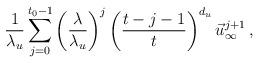
LaTeX: \begin{align*}\frac{1}{\lambda_u} \sum_{j=0}^{t_0-1} \left(\frac{\lambda}{\lambda_u}\right)^j \left(\frac{{t-j-1}}{t}\right)^{d_u} \vec u_{\infty}^{j+1} \, ,\end{align*}